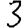
Digit: 3